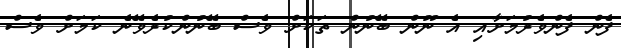
ފެން ފެންވެރުމަށާއި އެ ނޫން ބޭނުން ތަކަށް ވެސް ބޭނުުންކުރެވޭނެ ކަމަށް ވެސް